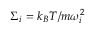
\Sigma _ { i } = k _ { B } T / m \omega _ { i } ^ { 2 }